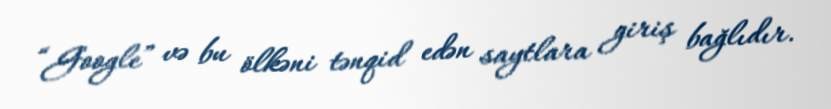
“Google” və bu ölkəni tənqid edən saytlara giriş bağlıdır.